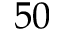
5 0